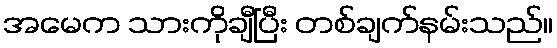
အမေက သားကိုချီပြီး တစ်ချက်နမ်းသည်။